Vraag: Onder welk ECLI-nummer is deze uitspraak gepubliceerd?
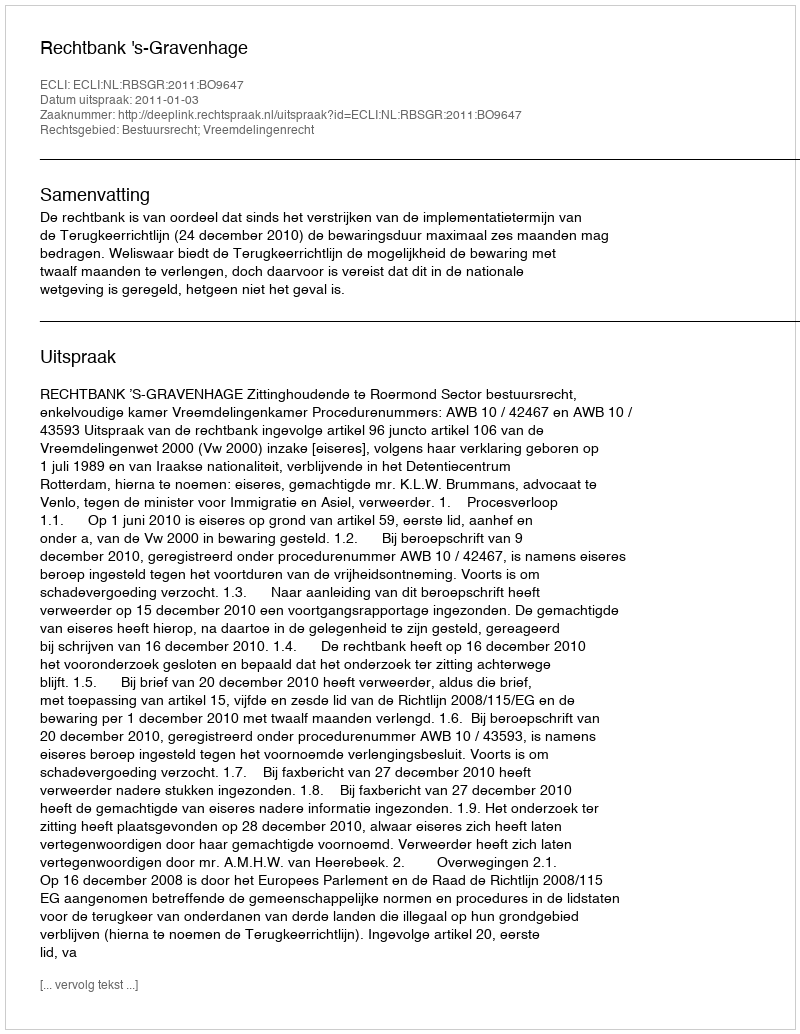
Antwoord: ECLI:NL:RBSGR:2011:BO9647